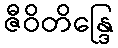
ဇီဝိတိန္ဒြေ